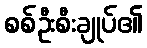
စစ်ဦးစီးချုပ်၏